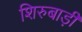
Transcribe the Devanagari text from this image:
शिरुबाड़ी